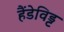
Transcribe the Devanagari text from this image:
हैंडेविड्ट